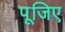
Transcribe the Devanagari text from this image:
पूजिए